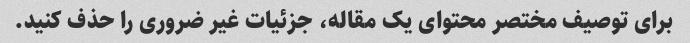
برای توصیف مختصر محتوای یک مقاله، جزئیات غیر ضروری را حذف کنید.